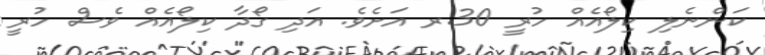
ކަންނެލި ކިލޯއެއް ހުރީ 30.ރ އަށެވެ. އަދި ގޯދާ ކިލޯއެއް ވެސް ހުރީ